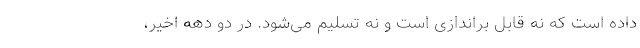
داده است که نه قابل براندازی است و نه تسلیم می‌شود. در دو دهه اخیر،